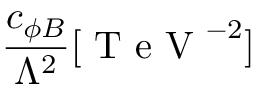
\frac { c _ { \phi B } } { \Lambda ^ { 2 } } [ \mathrm { ~ T ~ e ~ V ~ } ^ { - 2 } ]